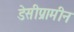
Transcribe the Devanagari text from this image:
डेसीप्रामीन